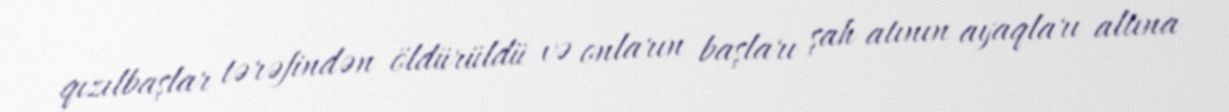
qızılbaşlar tərəfindən öldürüldü və onların başları şah atının ayaqları altına